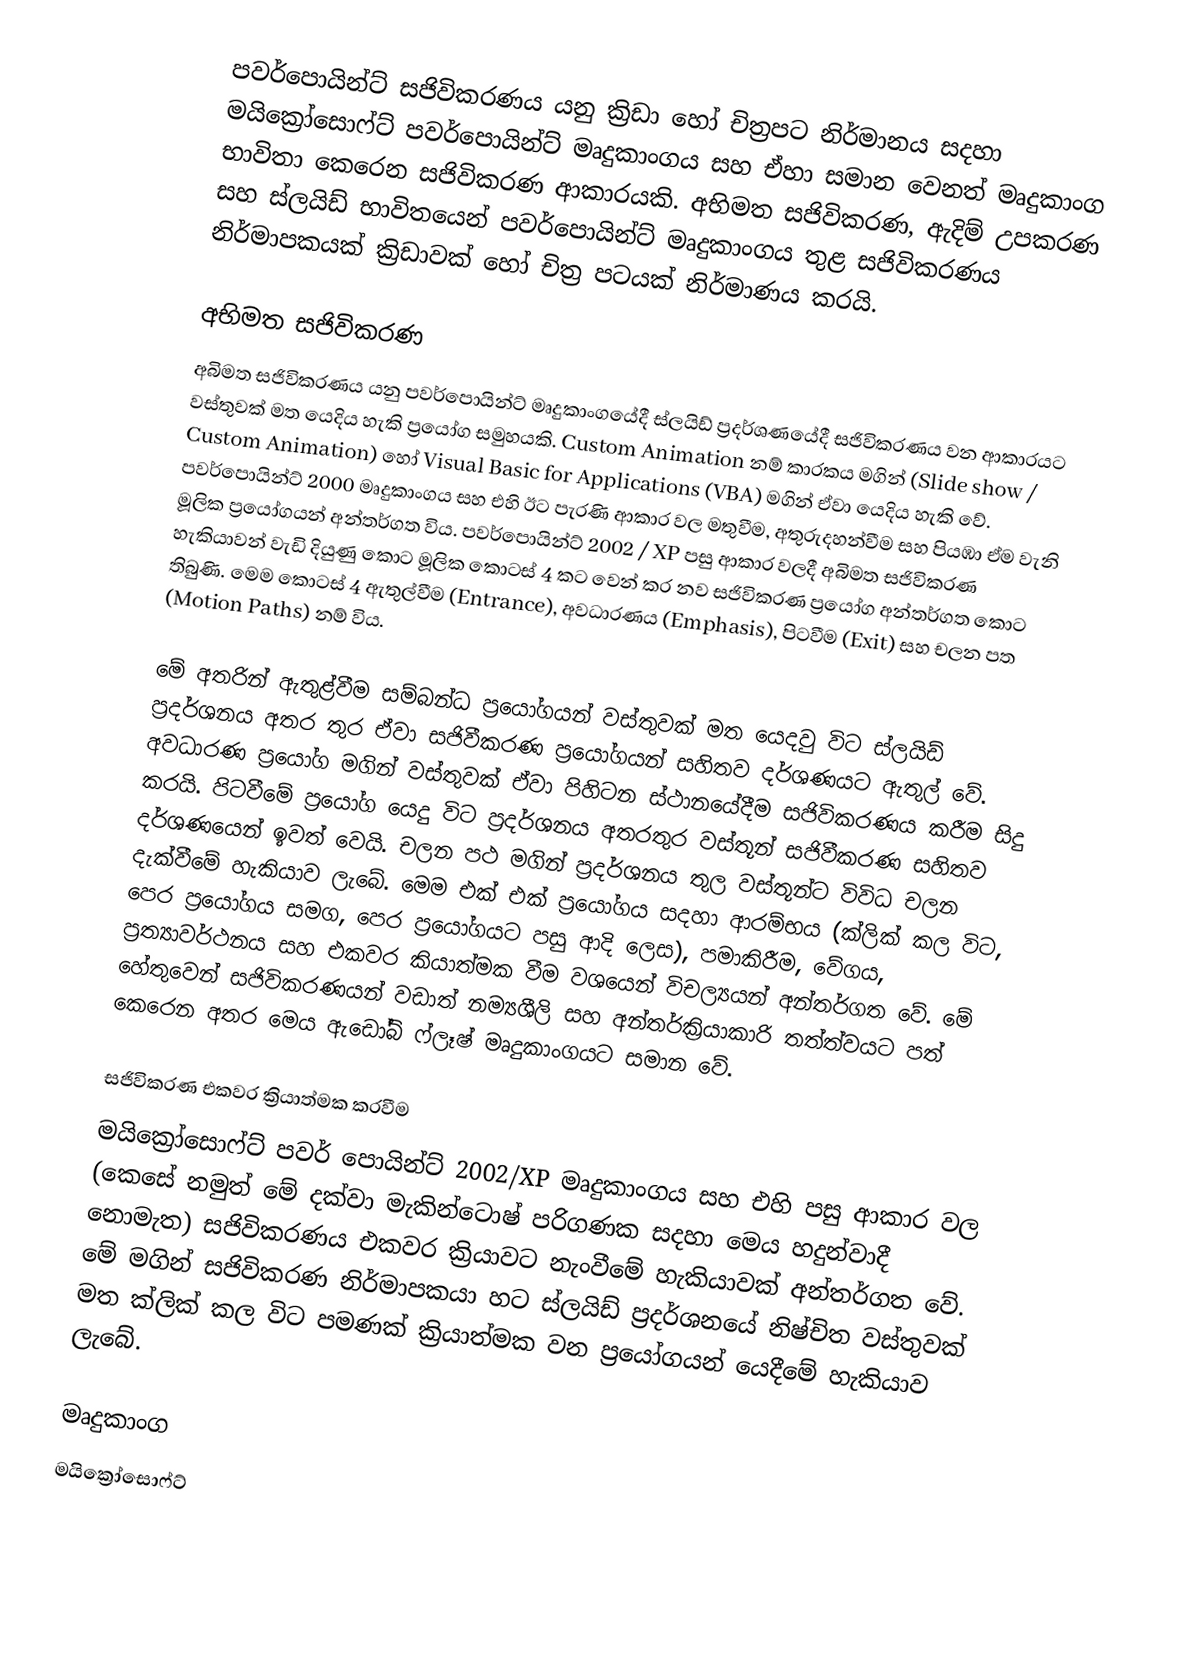
පවර්පොයින්ට් සජිවිකරණය යනු ක්‍රිඩා හෝ  චිත්‍රපට නිර්මානය සදහා මයික්‍රෝසොෆ්ට් පවර්පොයින්ට් මෘදුකාංගය සහ ඒහා සමාන වෙනත් මෘදුකාංග භාවිතා කෙරෙන සජිවිකරණ ආකාරයකි. අභිමත සජිවිකරණ, ඇදිම් උපකරණ සහ ස්ලයිඩ් භාවිතයෙන් පවර්පොයින්ට් මෘදුකාංගය තුළ සජිවිකරණය නිර්මාපකයක් ක්‍රිඩාවක් හෝ චිත්‍ර පටයක් නිර්මාණය කරයි.

අභිමත සජිවිකරණ
අබිමත සජිවිකරණය යනු පවර්පොයින්ට් මෘදුකාංගයේදී ස්ලයිඩ් ප්‍රදර්ශණයේදී සජිවිකරණය වන ආකාරයට වස්තුවක් මත යෙදිය හැකි ප්‍රයෝග සමුහයකි. Custom Animation නම් කාරකය මගින් (Slide show /  Custom Animation)  හෝ Visual Basic for Applications (VBA) මගින් ඒවා යෙදිය හැකි වේ. පවර්පොයින්ට් 2000 මෘදුකාංගය සහ එහි ඊට පැරණි ආකාර වල මතුවීම, අතුරුදහන්වීම සහ පියඹා ඒම වැනි මූලික ප්‍රයෝගයන් අන්තර්ගත විය. පවර්පොයින්ට් 2002 / XP පසු ආකාර වලදී අබිමත සජිවිකරණ හැකියාවන් වැඩි දියුණු කොට මූලික කොටස් 4 කට වෙන් කර නව සජිවිකරණ ප්‍රයෝග අන්තර්ගත කොට තිබුණි. මෙම කොටස් 4 ඇතුල්වීම (Entrance), අවධාරණය (Emphasis), පිටවීම (Exit) සහ චලන පත (Motion Paths) නම් විය.

මේ අතරින් ඇතුළ්වීම සම්බන්ධ ප්‍රයෝගයන් වස්තුවක් මත යෙදවු විට ස්ලයිඩ් ප්‍රදර්ශනය අතර තුර ඒවා සජිවීකරණ ප්‍රයෝගයන් සහිතව දර්ශණයට ඇතුල් වේ. අවධාරණ ප්‍රයෝග මගින් වස්තුවක් ඒවා පිහිටන ස්ථානයේදීම සජිවිකරණය කරීම සිදු කරයි. පිටවීමේ ප්‍රයෝග යෙදු විට ප්‍රදර්ශනය අතරතුර වස්තූන් සජිවීකරණ සහිතව දර්ශණයෙන් ඉවත් වෙයි. චලන පථ මගින් ප්‍රදර්ශනය තුල වස්තූන්ට විවිධ චලන දැක්වීමේ හැකියාව ලැබේ. මෙම එක් එක් ප්‍රයෝගය සදහා ආරම්භය (ක්ලික් කල විට, පෙර ප්‍රයෝගය සමග, පෙර ප්‍රයෝගයට පසු ආදි ලෙස), පමාකිරීම, වේගය, ප්‍රත්‍යාවර්ථනය සහ  එකවර කියාත්මක වීම වශයෙන් විචල්‍යයන් අන්තර්ගත වේ. මේ හේතුවෙන් සජිවිකරණයන් වඩාත් නම්‍යශීලි සහ අන්තර්ක්‍රියාකාරි තත්ත්වයට පත් කෙරෙන අතර මෙය ඇඩෝබ් ෆ්ලෑෂ් මෘදුකාංගයට සමාන වේ.

සජිවිකරණ එකවර ක්‍රියාත්මක කරවීම
මයික්‍රෝසොෆ්ට් පවර් පොයින්ට් 2002/XP මෘදුකාංගය සහ එහි පසු ආකාර වල (කෙසේ නමුත් මේ දක්වා මැකින්ටොෂ් පරිගණක සදහා මෙය හදුන්වාදී නොමැත) සජිවිකරණය එකවර ක්‍රියාව‍ට නැංවීමේ හැකියාවක් අන්තර්ගත වේ. මේ මගින් සජිවිකරණ නිර්මාපකයා හට ස්ලයිඩ් ප්‍රදර්ශනයේ නිෂ්චිත වස්තුවක් මත ක්ලික් කල විට පමණක් ක්‍රියාත්මක වන ප්‍රයෝගයන් යෙදීමේ හැකියාව ලැබේ.

මෘදුකාංග
මයික්‍රෝසොෆ්ට්